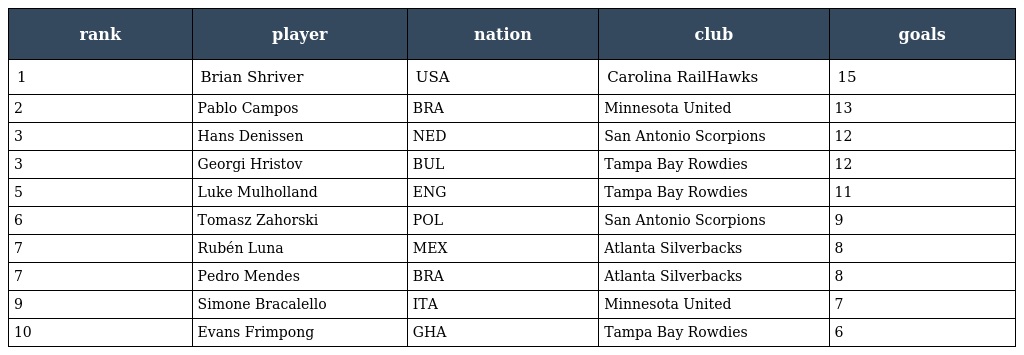
| rank | player | nation | club | goals |
 | --- | --- | --- | --- | --- |
 | 1 | Brian Shriver | USA | Carolina RailHawks | 15 |
 | 2 | Pablo Campos | BRA | Minnesota United | 13 |
 | 3 | Hans Denissen | NED | San Antonio Scorpions | 12 |
 | 3 | Georgi Hristov | BUL | Tampa Bay Rowdies | 12 |
 | 5 | Luke Mulholland | ENG | Tampa Bay Rowdies | 11 |
 | 6 | Tomasz Zahorski | POL | San Antonio Scorpions | 9 |
 | 7 | Rubén Luna | MEX | Atlanta Silverbacks | 8 |
 | 7 | Pedro Mendes | BRA | Atlanta Silverbacks | 8 |
 | 9 | Simone Bracalello | ITA | Minnesota United | 7 |
 | 10 | Evans Frimpong | GHA | Tampa Bay Rowdies | 6 |